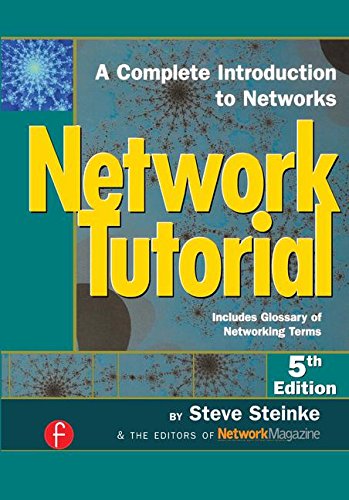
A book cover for Network Tutorial; Steve Steinke; Computers & Technology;